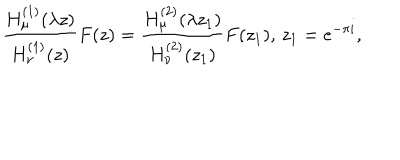
\frac { H _ { \mu } ^ { ( 1 ) } ( \lambda z ) } { H _ { \nu } ^ { ( 1 ) } ( z ) } F ( z ) = \frac { H _ { \mu } ^ { ( 2 ) } ( \lambda z _ { 1 } ) } { H _ { \nu } ^ { ( 2 ) } ( z _ { 1 } ) } F ( z _ { 1 } ) , \, z _ { 1 } = e ^ { - \pi i } ,